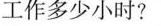
工作多少小时?